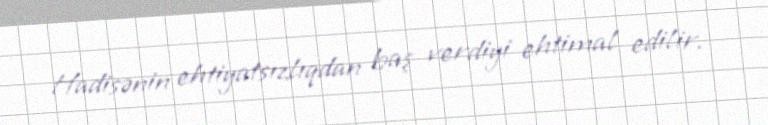
Hadisənin ehtiyatsızlıqdan baş verdiyi ehtimal edilir.